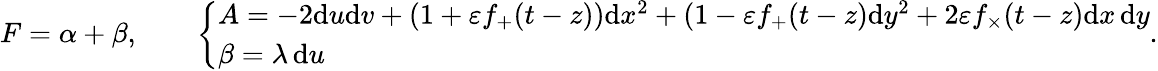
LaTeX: \begin{array}{r}{F=\alpha+\beta,\qquad\left\{ \begin{array}{ll}{A=-2\mathrm{d}u\mathrm{d}v+(1+\varepsilon f_{+}(t-z))\mathrm{d}x^{2}+(1-\varepsilon f_{+}(t-z)\mathrm{d}y^{2}+2\varepsilon f_{\times}(t-z)\mathrm{d}x\, \mathrm{d}y}\\ {\beta=\lambda\, \mathrm{d}u}\end{array}\right..}\end{array}